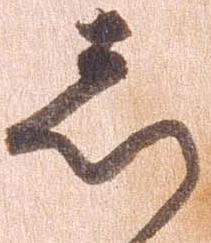
し